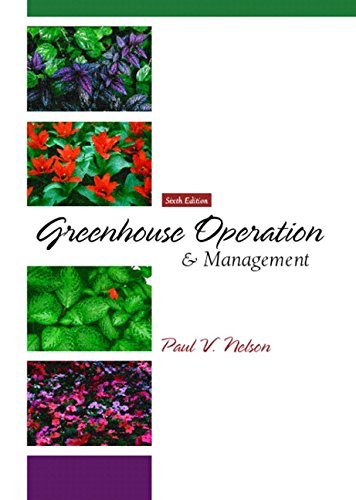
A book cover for Greenhouse Operation and Management (6th Edition); Paul V. Nelson; Crafts, Hobbies & Home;